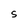
Character: S